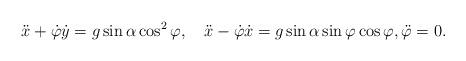
LaTeX: \begin{align*}\ddot{x}+\dot{\varphi}\dot{y}=g\sin\alpha\cos^2\varphi,\quad\ddot{x}-\dot{\varphi}\dot{x}=g\sin\alpha\sin\varphi\cos\varphi,\ddot{\varphi}=0. \end{align*}